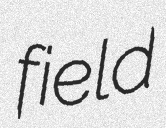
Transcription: field